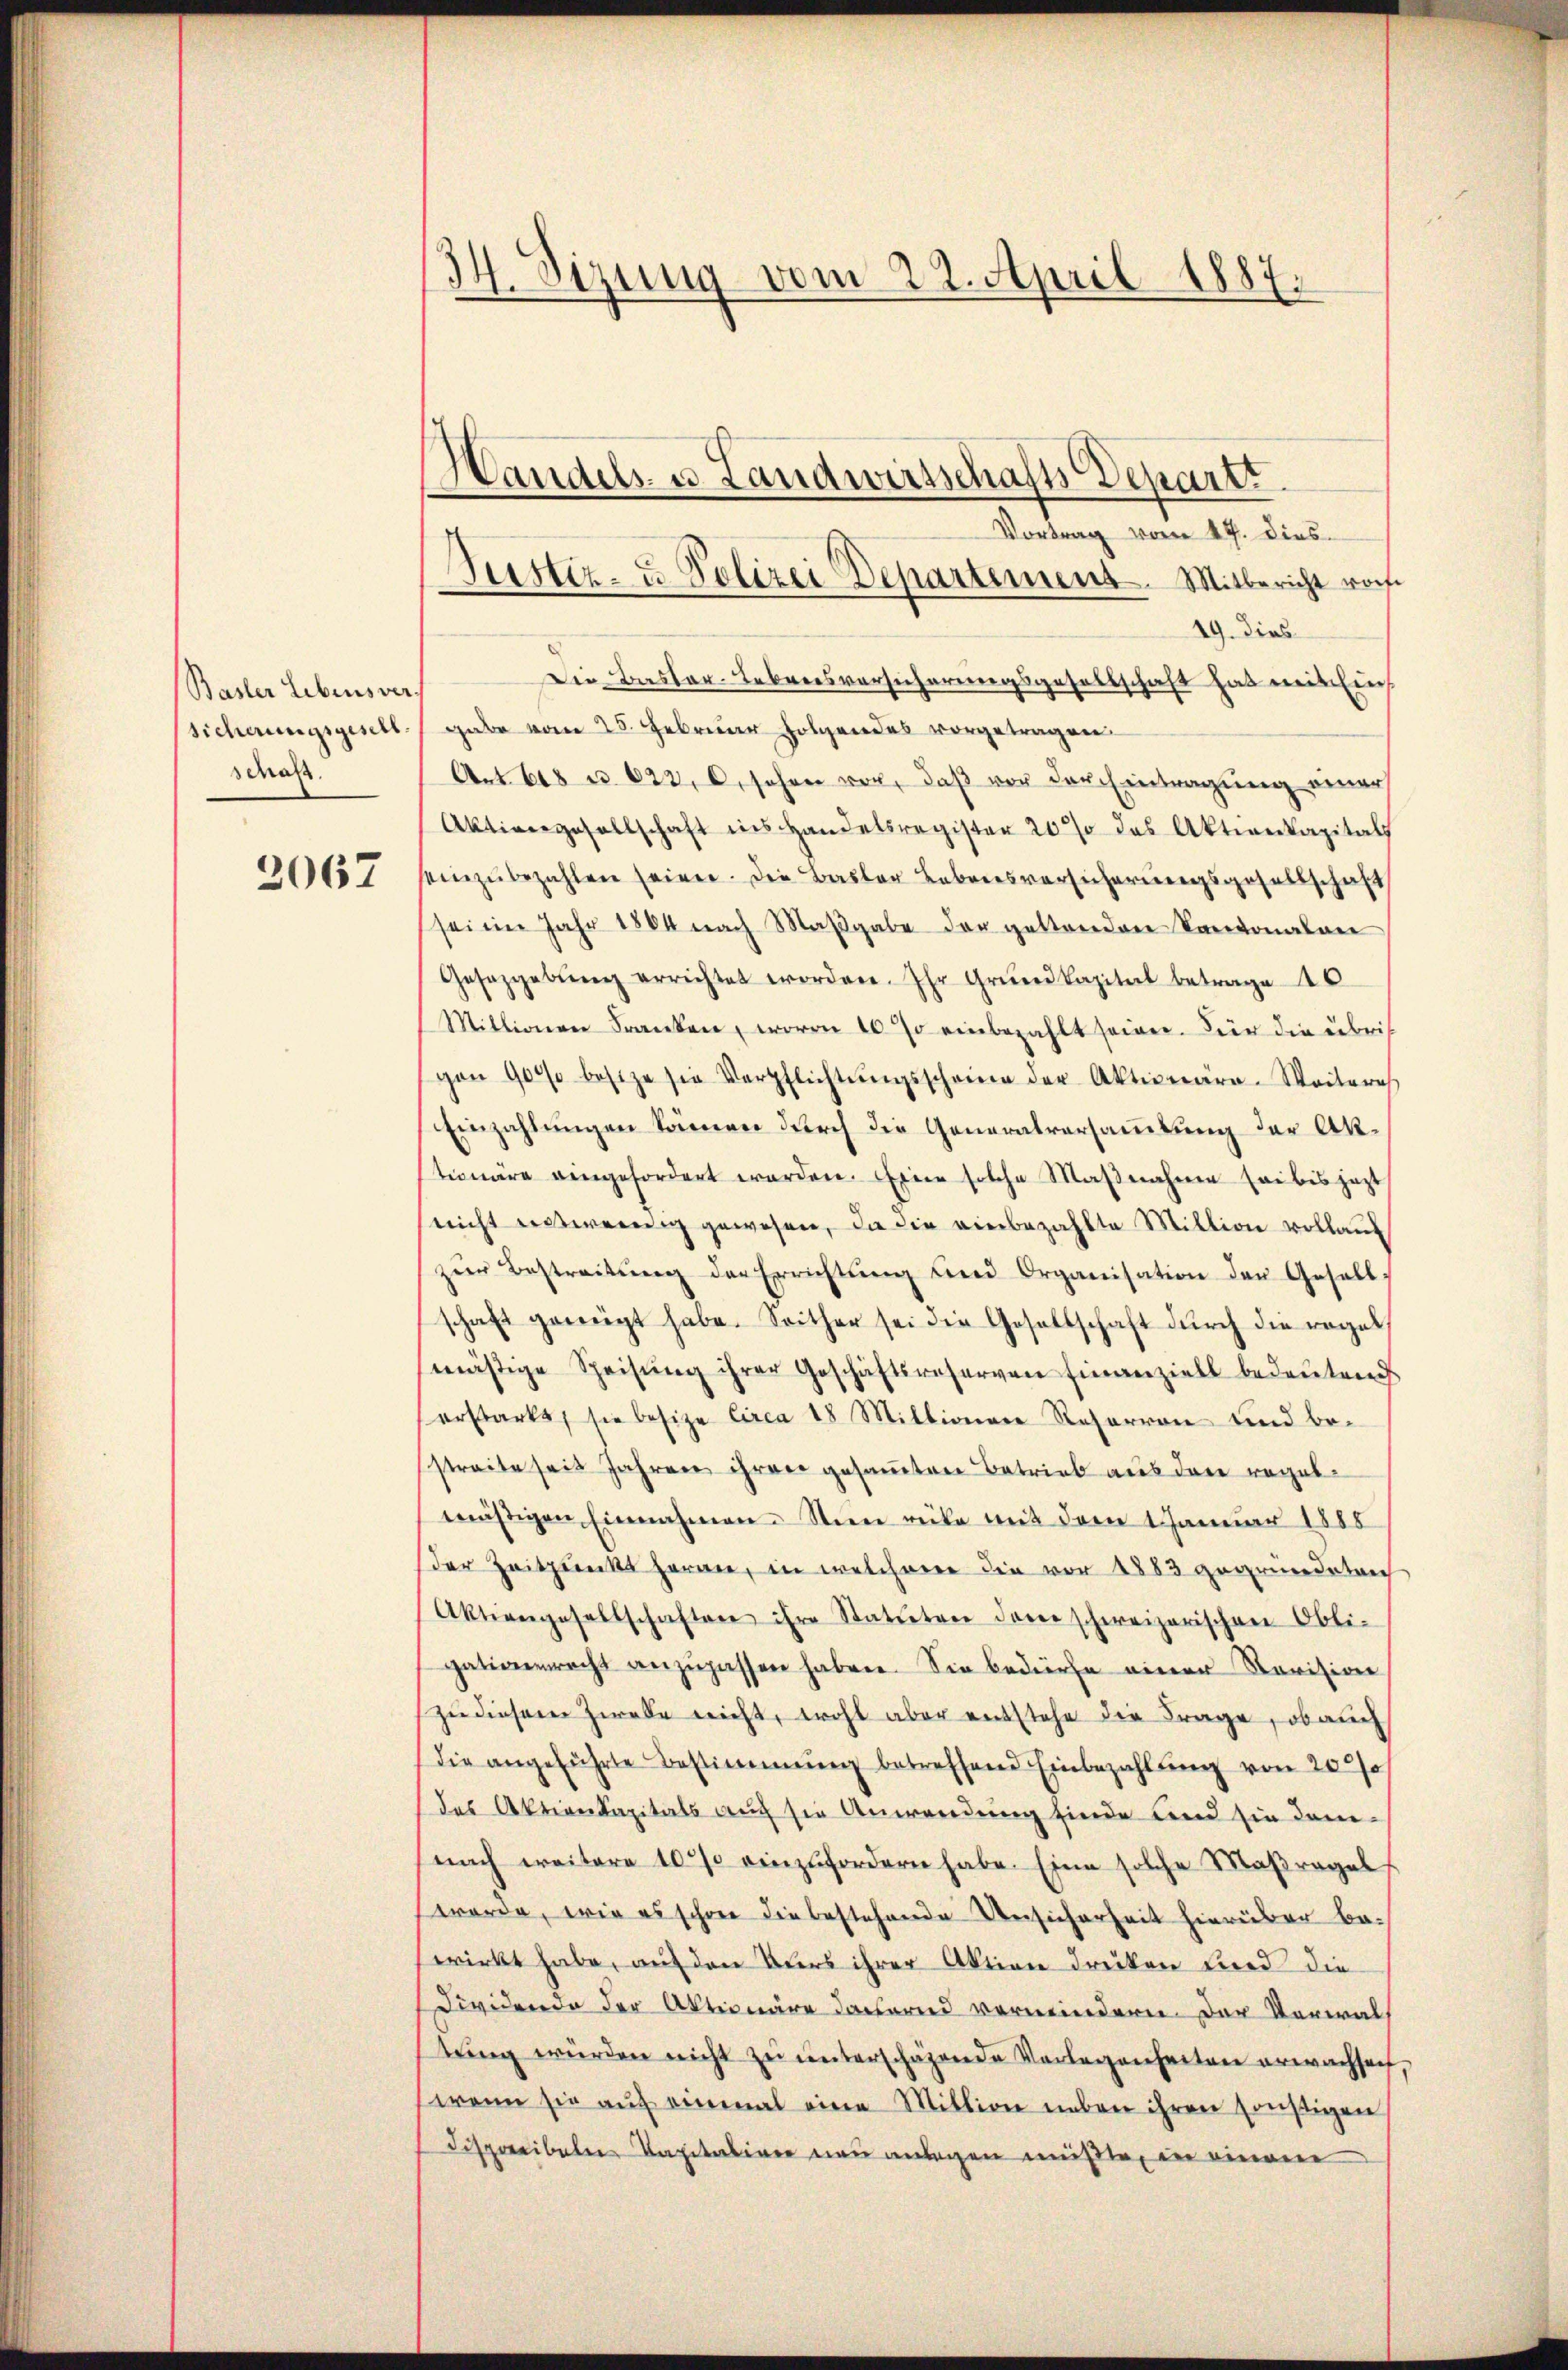
Basler Liebensversicherungsgesell
scaß

2067

34. Sizung vom 22. April 1887.

Vortrag vom 14. Dies
19. Dies
Die Bastar-Lebreisversicherungsgesellschaft hat mithin
gabe vom 25. Februar folgendes vorgetragen.
Art. 618 u. 623, C. sehen vor, daβ vor der Eintragung einer
Aktivergesellschaft ins Handelsregister 20 % des Aktienkapitals
eizŭbezahlen seien. Die Basler Lebensversicherungsgesellschaft
(seine Jahr 1864 nach Maβgabe der geltenden Kantonalen
Gesetzgebŭng errichtet worden. Ihr Grundkapital betrage 10
Millionen Franken, worin 10 so einbezahlt seien. Für die übrig
gon 900 besize sie Verpflichtŭngsscheine der Aktionäre-Weiteres
Einzahlungen können durch die Generalversammlung der Aktionäre eingefordert worden. Eine solche Maβnahme habes jezt
(nicht entwenig gewesen, die die einbezahlte Million vollaus
zur Bestreitŭng der Errichtŭng und Organisation der Gesell-
schaft geneigt habe. Seither sei die Gesellschaft durch die regel
mäsige Speisŭng ihrer Geschäftsreserven finanziell bedeŭtend
erstarkt, sie besitze circa 18 Millionen Reharren und bestreite seit Jahren ihren gesamten Betrieb aus den regelmäβigen Einnahmen. Sie rücke mit dem 1 Januar 1888
der Zeitpunkt heran, in welchem die vor 1883 gegründetrich
Aktiengesellschaftere ihre Statuten dare schweizerischen Obli-
gationenrecht anzupassen haben. Sie bedürfe einer Revision
zu diesem Zweke nicht, wohl aber entstehe die Frage, ob auch
die angeführte Bestimmung betreffend Einbezahlung von 20%
des Aktionkapitals auch sie Anwendung finde und sie dam
nach weitere 10 % einzufordern habe. Eine solche Maßregel
worde, wie es schon die bestehende Unsicherheit hierüber be-
wirkt habe, auf den Auers ihrer Aktion drüken Lied die
dividende der Aktionäre dahernd vermindern. Der Verwaltŭng würden nicht zŭ ŭnterschäzende Vorlegenheiten erwachsich,
wenn sie aŭf einmal eine Million neben ihren sonstigen
Fispareibalen Kapitalien neu anlegen müßte, in einem

Justiz- u Polizei Departement. Mitbericht roch

Handels- u. Landwirtschafts Depart